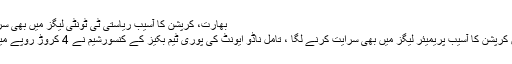
بھارت، کرپشن کا آسیب ریاستی ٹی ٹونٹی لیگز میں بھی سرایت کرگیا
بھارت میں کرپشن کا آسیب پریمیئر لیگز میں بھی سرایت کرنے لگا ، تامل ناڈو ایونٹ کی پوری ٹیم بکیز کے کنسورشیم نے 4 کروڑ روپے میں خرید لی۔